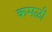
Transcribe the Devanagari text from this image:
कमळी